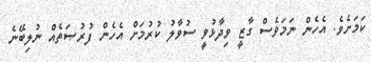
ކަމަށެވެ. އެހެން ނަމަވެސް ގާޒީ ވިދާޅުވީ ސުވާލު ކުރުމަށް އެހެން ފުރުޞަތެއް ނުލިބޭނެ